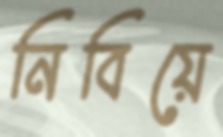
নিবিয়ে